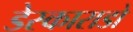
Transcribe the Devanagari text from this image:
डेस्काराडो